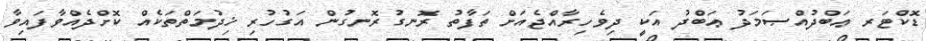
ޑޮކްޓަރ ޢަބްދުއްޞަމަދު ޢަބްދު އަކީ ދިވެހިރާއްޖެއަށް ތަފާތު ރޮނގުރޮނގުން އަގުހުރި ޚިދުމަތްތަކެއް ކޮށްދެއްވާފައިވާ